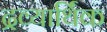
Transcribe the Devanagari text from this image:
द्रव्यार्थिंक